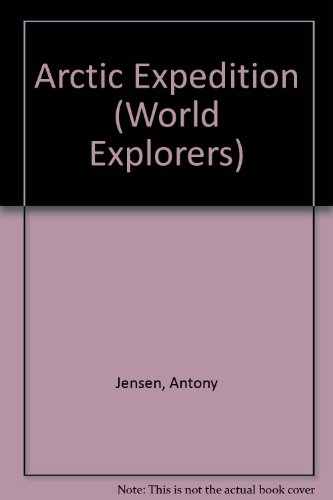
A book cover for Arctic Expedition (World Explorers); Antony Jensen; Children's Books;